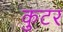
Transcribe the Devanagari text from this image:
कुटर